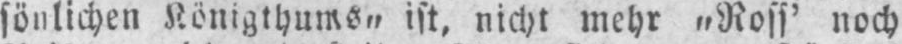
ist. nicht mehr „Ross’ noch